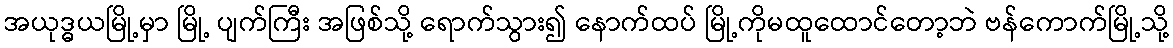
အယုဒ္ဓယမြို့မှာ မြို့ ပျက်ကြီး အဖြစ်သို့ ရောက်သွား၍ နောက်ထပ် မြို့ကိုမထူထောင်တော့ဘဲ ဗန်ကောက်မြို့သို့